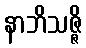
နာဘိသဇ္ဇိ